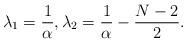
LaTeX: \begin{align*} \lambda _1 = \frac {1} {\alpha } , \lambda _2 = \frac {1} {\alpha } - \frac {N-2} {2} . \end{align*}